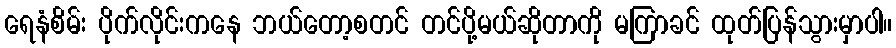
ရေနံစိမ်း ပိုက်လိုင်းကနေ ဘယ်တော့စတင် တင်ပို့မယ်ဆိုတာကို မကြာခင် ထုတ်ပြန်သွားမှာပါ။